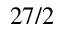
2 7 / 2